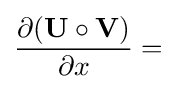
{\frac {\partial (\mathbf {U} \circ \mathbf {V} )}{\partial x}}=